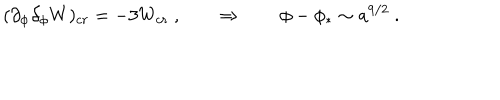
LaTeX: ( \partial _ { \phi } \partial _ { \phi } W ) _ { c r } = - 3 W _ { c r } \ , \qquad \Rightarrow \qquad \phi - \phi _ { * } \sim a ^ { 9 / 2 } \ .